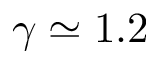
\gamma \simeq 1 . 2